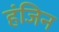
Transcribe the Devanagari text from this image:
हंजिन